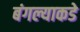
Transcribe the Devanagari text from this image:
बंगल्याकडे